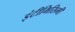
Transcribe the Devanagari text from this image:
इंटीमिसिमी